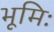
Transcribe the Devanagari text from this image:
भूमिः